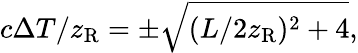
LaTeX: c\Delta T/z_{\mathrm{R}}=\pm\sqrt{(L/2z_{\mathrm{R}})^{2}+4},